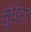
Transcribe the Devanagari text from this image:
मुंधेरा